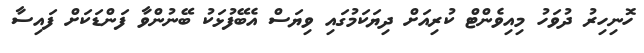
ހޮނިހިރު ދުވަހު މިއިވެންޓް ކުރިއަށް ދިޔަކަމުގައި ވިޔަސް އެބޭފުޅަކު ބޭނުންވާ ފަންޑަކަށް ފައިސާ